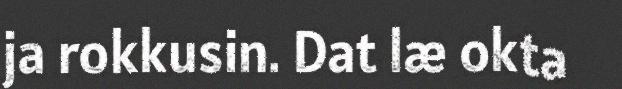
ja rokkusin. Dat læ okta